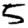
Digit: 5